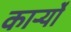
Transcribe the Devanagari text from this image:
कार्र्यों